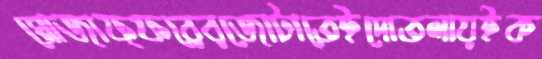
মোজাফ্ফরেরজোটাতেইদোতলায়ইক